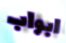
ابواب